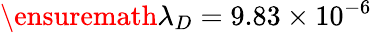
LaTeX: \ensuremath{\lambda}_{D}=9.83\times 10^{-6}